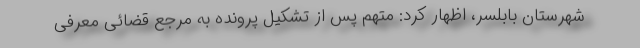
شهرستان بابلسر، اظهار کرد: متهم پس از تشکیل پرونده به مرجع قضائی معرفی